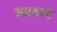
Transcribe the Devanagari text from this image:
अप्रमाद